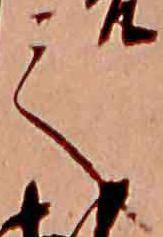
て